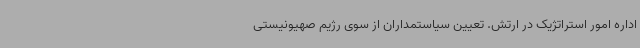
اداره امور استراتژیک در ارتش. تعیین سیاستمداران از سوی رژیم صهیونیستی